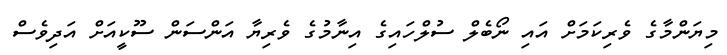
މިޔަންމާގެ ވެރިކަމަށް އައި ނޯބެލް ސުލްހައިގެ އިނާމުގެ ވެރިޔާ އަންސަން ސޫކީއަށް އަދިވެސް